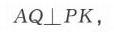
\(AQ\perp PK\)